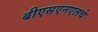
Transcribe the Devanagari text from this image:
बीएसएनएलचे